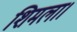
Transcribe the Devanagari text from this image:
शिमला।